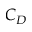
C _ { D }